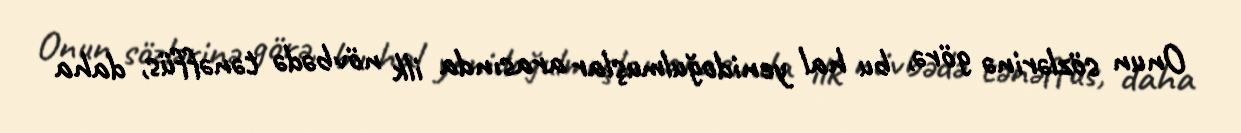
Onun sözlərinə görə, bu hal yenidoğulmuşlar arasında ilk növbədə tənəffüs, daha